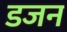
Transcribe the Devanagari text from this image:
डजन